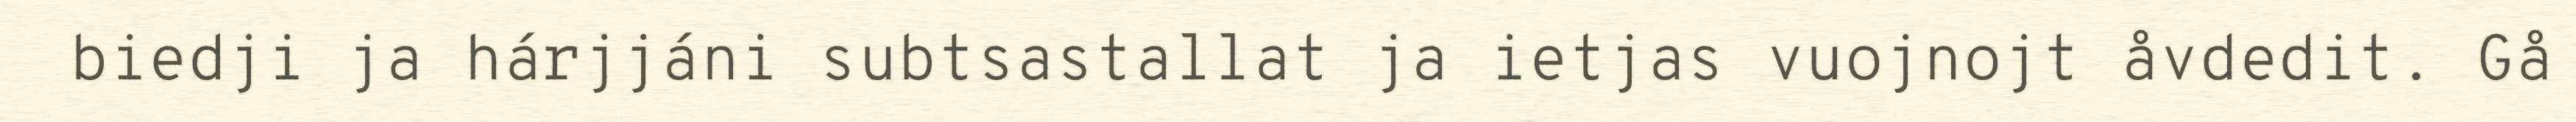
biedji ja hárjjáni subtsastallat ja ietjas vuojnojt åvdedit. Gå